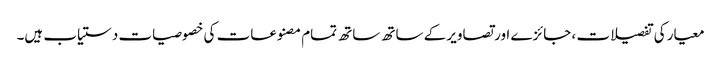
معیار کی تفصیلات ، جائزے اور تصاویر کے ساتھ ساتھ تمام مصنوعات کی خصوصیات دستیاب ہیں۔